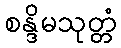
စန္ဒိမသုတ္တံ